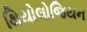
થિયોલોજિયન